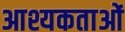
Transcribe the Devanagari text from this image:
आश्यकताओं